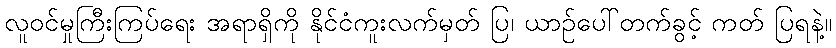
လူဝင်မှုကြီးကြပ်ရေး အရာရှိကို နိုင်ငံကူးလက်မှတ် ပြ၊ ယာဉ်ပေါ်တက်ခွင့် ကတ် ပြရနဲ့။